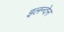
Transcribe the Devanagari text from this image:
इलन्देन